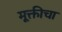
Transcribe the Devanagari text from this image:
मूक्तीचा